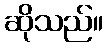
ဆိုသည်။